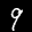
Label: 9